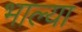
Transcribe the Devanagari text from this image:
भाल्या